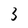
Character: 3